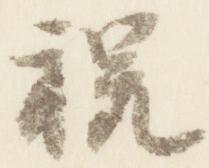
祝